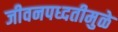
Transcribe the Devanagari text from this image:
जीवनपध्दतीमुळे